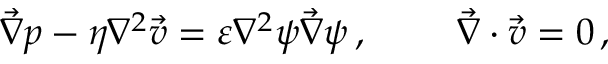
\Vec { \nabla } p - \eta \nabla ^ { 2 } \Vec { v } = \varepsilon \nabla ^ { 2 } \psi \Vec { \nabla } \psi \, , \ \ \ \ \ \ \ \Vec { \nabla } \cdot \Vec { v } = 0 \, ,